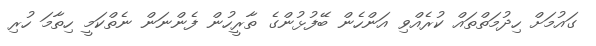
ގައުމަށް ހިދުމަތްތައް ކުރެއްވި އަންހެން ބޭފުޅުންގެ ތާރީހުން ފެންނަން ނެތްކަމީ ހިތާމަ ހުރި